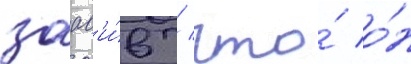
заав'и́в / что́ о́н